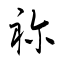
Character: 祢